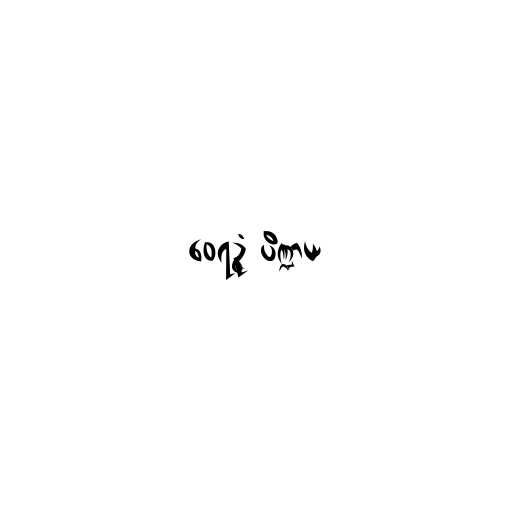
ဝေရဉ္ဇံ ပိဏ္ဍာယ